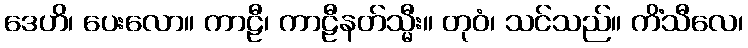
ဒေဟိ၊ ပေးလော။ ကာဠီ၊ ကာဠီနတ်သ္မီး။ တုဝံ၊ သင်သည်။ ကိံသီလေ၊